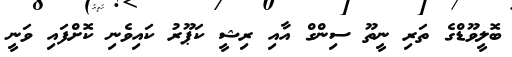
ބޮލީވޫޑްގެ ތަރި ނީތޫ ސިންގް އާއި ރިޝީ ކަޕޫރު ކައިވެނި ކޮށްފައި ވަނީ